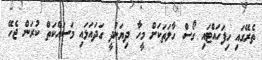
ތެރޭގައި ހިފަހައްޓައި ގޯސް ހާލަތަކަށް މީހާ ދިޔަނުދީ ގަދައަޅައި މަސައްކަތް ކުރަން ޖެހޭ